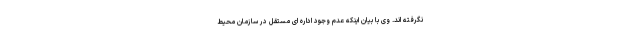
نگرفته اند. وی با بیان اینکه عدم وجود اداره ای مستقل در سازمان محیط